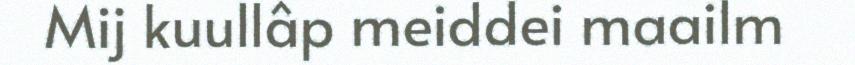
Mij kuullâp meiddei maailm